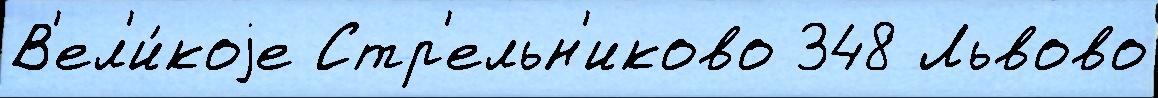
В'ел'и́коjе Стр'ельн'иково 348 Львово